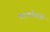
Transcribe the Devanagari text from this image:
पटवर्धनांशी